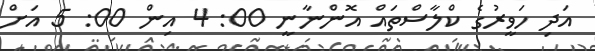
އަދި ހަވީރުގެ ކްލާސްތައް އޮންނާނީ 00: 4 އިން 00: 5 އަށް